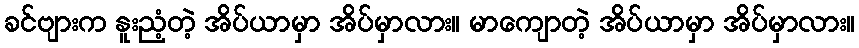
ခင်ဗျားက နူးညံ့တဲ့ အိပ်ယာမှာ အိပ်မှာလား။ မာကျောတဲ့ အိပ်ယာမှာ အိပ်မှာလား။